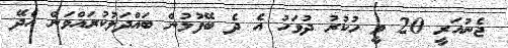
ޖެނުއަރީ 20 ވީ ހުކުރު ދުވަހު އެ ދެ ބޭފުޅުން ބައްދަލުކުރައްވަން އެދޭ